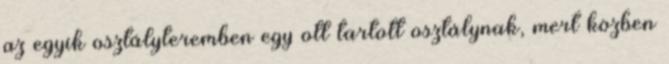
az egyik osztályteremben egy ott tartott osztálynak, mert közben